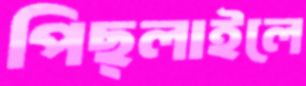
পিছ্‌লাইলে